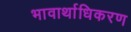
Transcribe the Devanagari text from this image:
भावार्थाधिकरण